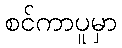
စင်ကာပူမှာ